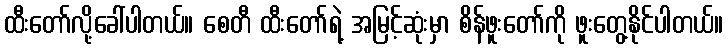
ထီးတော်လို့ခေါ်ပါတယ်။ စေတီ ထီးတော်ရဲ့ အမြင့်ဆုံးမှာ စိန်ဖူးတော်ကို ဖူးတွေ့နိုင်ပါတယ်။